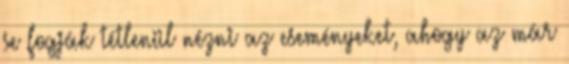
se fogják tétlenül nézni az eseményeket, ahogy az már